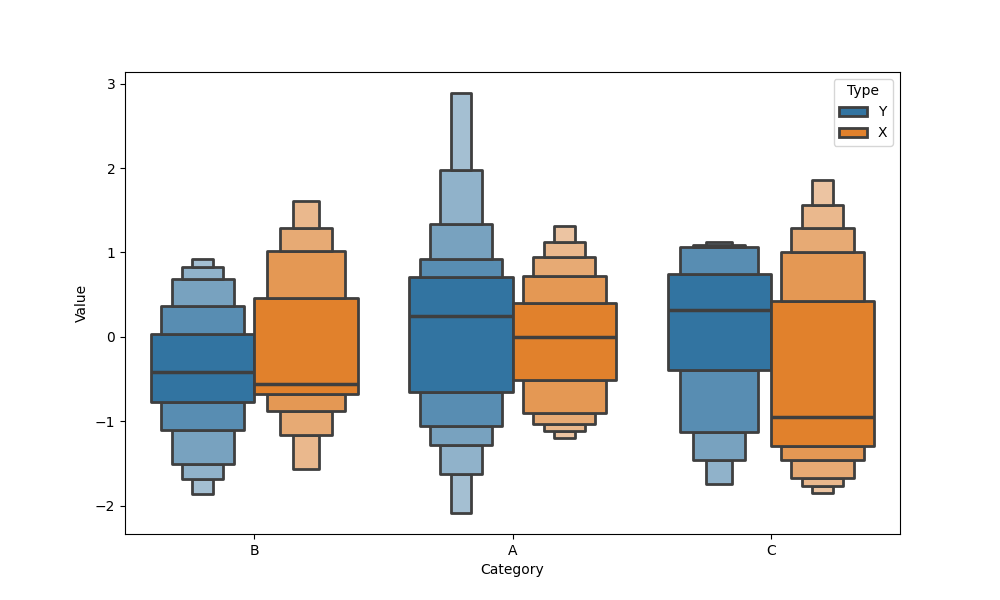
python, seaborn, boxenplot, k_depth='full', linewidth=2, scale='linear', outlier_prop=0.1, showfliers=True